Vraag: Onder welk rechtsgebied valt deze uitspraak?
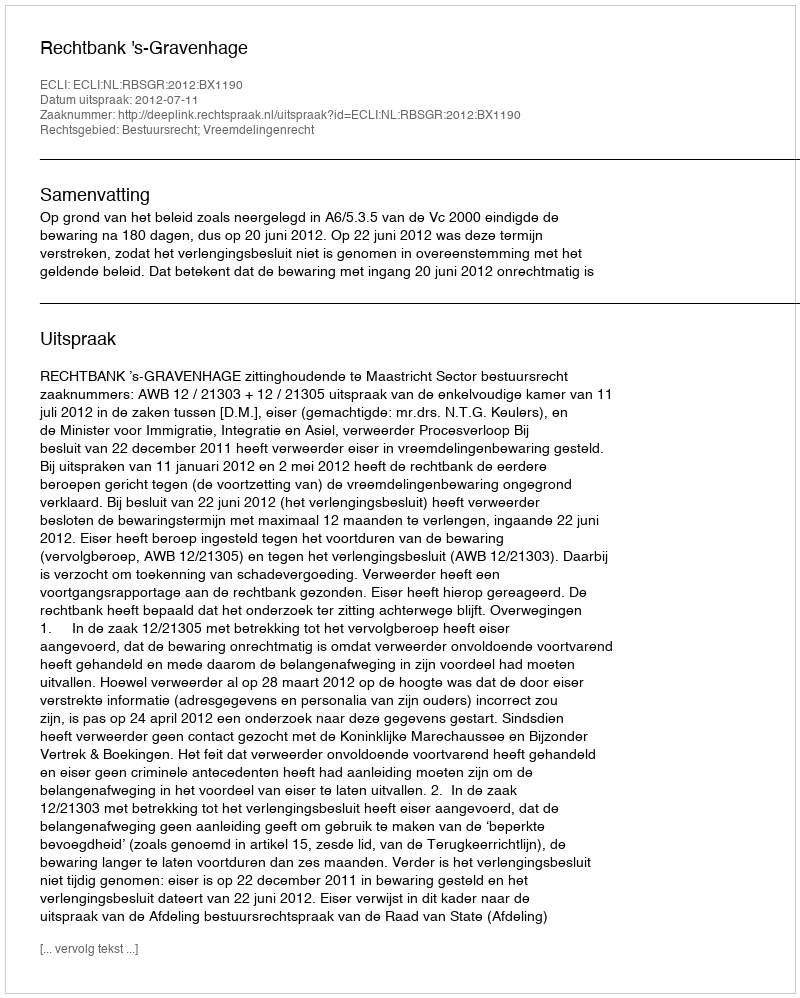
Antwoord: Bestuursrecht; Vreemdelingenrecht